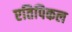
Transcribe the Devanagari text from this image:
एतिपिकल